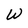
Character: W